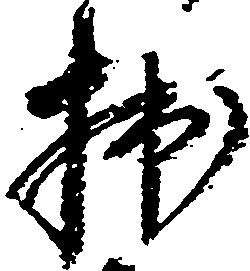
拙